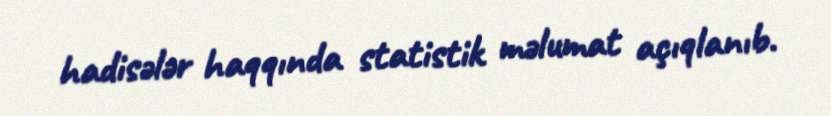
hadisələr haqqında statistik məlumat açıqlanıb.